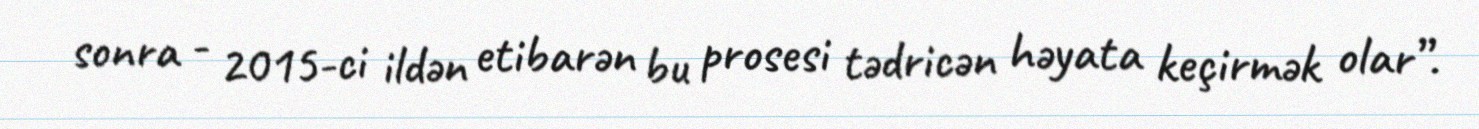
sonra - 2015-ci ildən etibarən bu prosesi tədricən həyata keçirmək olar”.